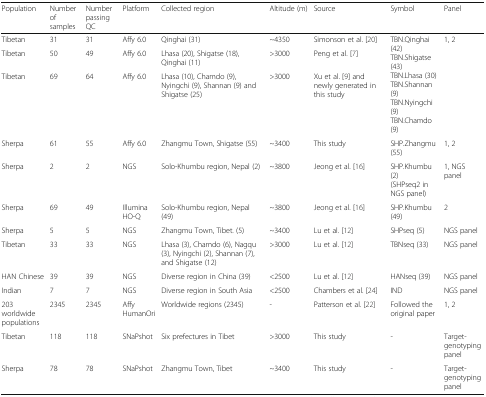
<table><thead><tr><td><b>Population</b></td><td><b>Number of samples</b></td><td><b>Number passing QC</b></td><td><b>Platform</b></td><td><b>Collected region</b></td><td><b>Altitude (m)</b></td><td><b>Source</b></td><td><b>Symbol</b></td><td><b>Panel</b></td></tr></thead><tbody><tr><td>Tibetan</td><td>31</td><td>31</td><td>Affy 6.0</td><td>Qinghai (31)</td><td>~4350</td><td>Simonson et al. [20]</td><td rowspan="3">TBN.Qinghai (42)TBN.Shigatse (43)TBN.Lhasa (30)TBN.Shannan (9)TBN.Nyingchi (9)TBN.Chamdo (9)</td><td rowspan="3">1, 2</td></tr><tr><td>Tibetan</td><td>50</td><td>49</td><td>Affy 6.0</td><td>Lhasa (20), Shigatse (18), Qinghai (11)</td><td>&gt;3000</td><td>Peng et al. [7]</td></tr><tr><td>Tibetan</td><td>69</td><td>64</td><td>Affy 6.0</td><td>Lhasa (10), Chamdo (9), Nyingchi (9), Shannan (9) and Shigatse (25)</td><td>&gt;3000</td><td>Xu et al. [9] and newly generated in this study</td></tr><tr><td>Sherpa</td><td>61</td><td>55</td><td>Affy 6.0</td><td>Zhangmu Town, Shigatse (55)</td><td>~3400</td><td>This study</td><td>SHP.Zhangmu (55)</td><td>1, 2</td></tr><tr><td>Sherpa</td><td>2</td><td>2</td><td>NGS</td><td>Solo-Khumbu region, Nepal (2)</td><td>~3800</td><td>Jeong et al. [16]</td><td>SHP.Khumbu (2)(SHPseq2 in NGS panel)</td><td>1, NGS panel</td></tr><tr><td>Sherpa</td><td>69</td><td>49</td><td>Illumina HO-Q</td><td>Solo-Khumbu region, Nepal (49)</td><td>~3800</td><td>Jeong et al. [16]</td><td>SHP.Khumbu (49)</td><td>2</td></tr><tr><td>Sherpa</td><td>5</td><td>5</td><td>NGS</td><td>Zhangmu Town, Tibet. (5)</td><td>~3400</td><td>Lu et al. [12]</td><td>SHPseq (5)</td><td>NGS panel</td></tr><tr><td>Tibetan</td><td>33</td><td>33</td><td>NGS</td><td>Lhasa (3), Chamdo (6), Nagqu (3), Nyingchi (2), Shannan (7), and Shigatse (12)</td><td>&gt;3000</td><td>Lu et al. [12]</td><td>TBNseq (33)</td><td>NGS panel</td></tr><tr><td>HAN Chinese</td><td>39</td><td>39</td><td>NGS</td><td>Diverse region in China (39)</td><td>&lt;2500</td><td>Lu et al. [12]</td><td>HANseq (39)</td><td>NGS panel</td></tr><tr><td>Indian</td><td>7</td><td>7</td><td>NGS</td><td>Diverse region in South Asia</td><td>&lt;2500</td><td>Chambers et al. [24]</td><td>IND</td><td>NGS panel</td></tr><tr><td>203 worldwide populations</td><td>2345</td><td>2345</td><td>Affy HumanOri</td><td>Worldwide regions (2345)</td><td>-</td><td>Patterson et al. [22]</td><td>Followed the original paper</td><td>1, 2</td></tr><tr><td>Tibetan</td><td>118</td><td>118</td><td>SNaPshot</td><td>Six prefectures in Tibet</td><td>&gt;3000</td><td>This study</td><td>-</td><td>Target-genotyping panel</td></tr><tr><td>Sherpa</td><td>78</td><td>78</td><td>SNaPshot</td><td>Zhangmu Town, Tibet</td><td>~3400</td><td>This study</td><td>-</td><td>Target-genotyping panel</td></tr></tbody></table>